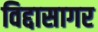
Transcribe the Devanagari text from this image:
विद्दासागर